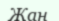
Жан